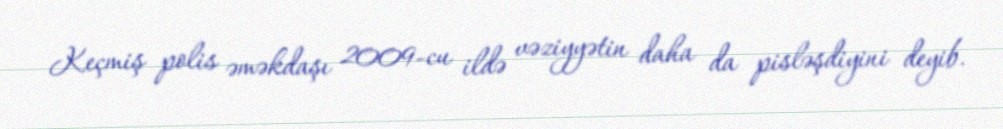
Keçmiş polis əməkdaşı 2009-cu ildə vəziyyətin daha da pisləşdiyini deyib.